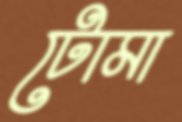
টোমা